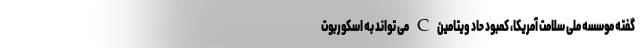
گفته موسسه ملی سلامت آمریکا، کمبود حاد ویتامین C می تواند به اسکوربوت